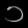
Digit: ၁